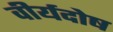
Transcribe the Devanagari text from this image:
वीर्यदोष